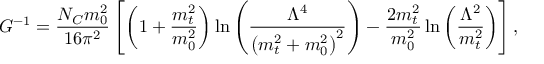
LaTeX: G ^ { - 1 } = \frac { N _ { C } m _ { 0 } ^ { 2 } } { 1 6 \pi ^ { 2 } } \left[ \left( 1 + { \frac { m _ { t } ^ { 2 } } { m _ { 0 } ^ { 2 } } } \right) \ln { \left( \frac { \Lambda ^ { 4 } } { \left( m _ { t } ^ { 2 } + m _ { 0 } ^ { 2 } \right) ^ { 2 } } \right) } - \frac { 2 m _ { t } ^ { 2 } } { m _ { 0 } ^ { 2 } } \ln { \left( \frac { \Lambda ^ { 2 } } { m _ { t } ^ { 2 } } \right) } \right] ,